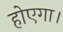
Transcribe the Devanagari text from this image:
होएगा।